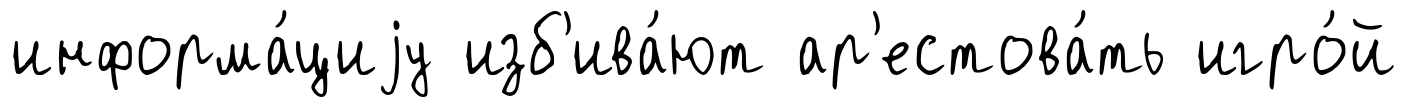
информа́циjу изб'ива́ют ар'естова́ть игро́й